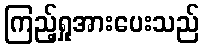
ကြည့်ရှုအားပေးသည်